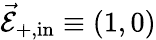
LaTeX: \vec{\mathcal{E}}_{+,\mathrm{in}}\equiv(1,0)